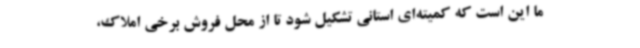
ما این است که کمیته‌ای استانی تشکیل شود تا از محل فروش برخی املاک،